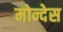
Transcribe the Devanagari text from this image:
मोन्देस